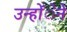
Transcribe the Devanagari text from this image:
उन्होंेने